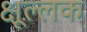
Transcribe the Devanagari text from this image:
क्षूल्लक